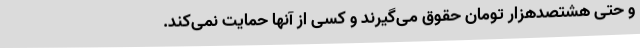
و حتی هشتصدهزار تومان حقوق می‌گیرند و کسی از آنها حمایت نمی‌کند.